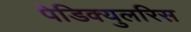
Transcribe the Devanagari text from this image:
पेडिक्युलरिस